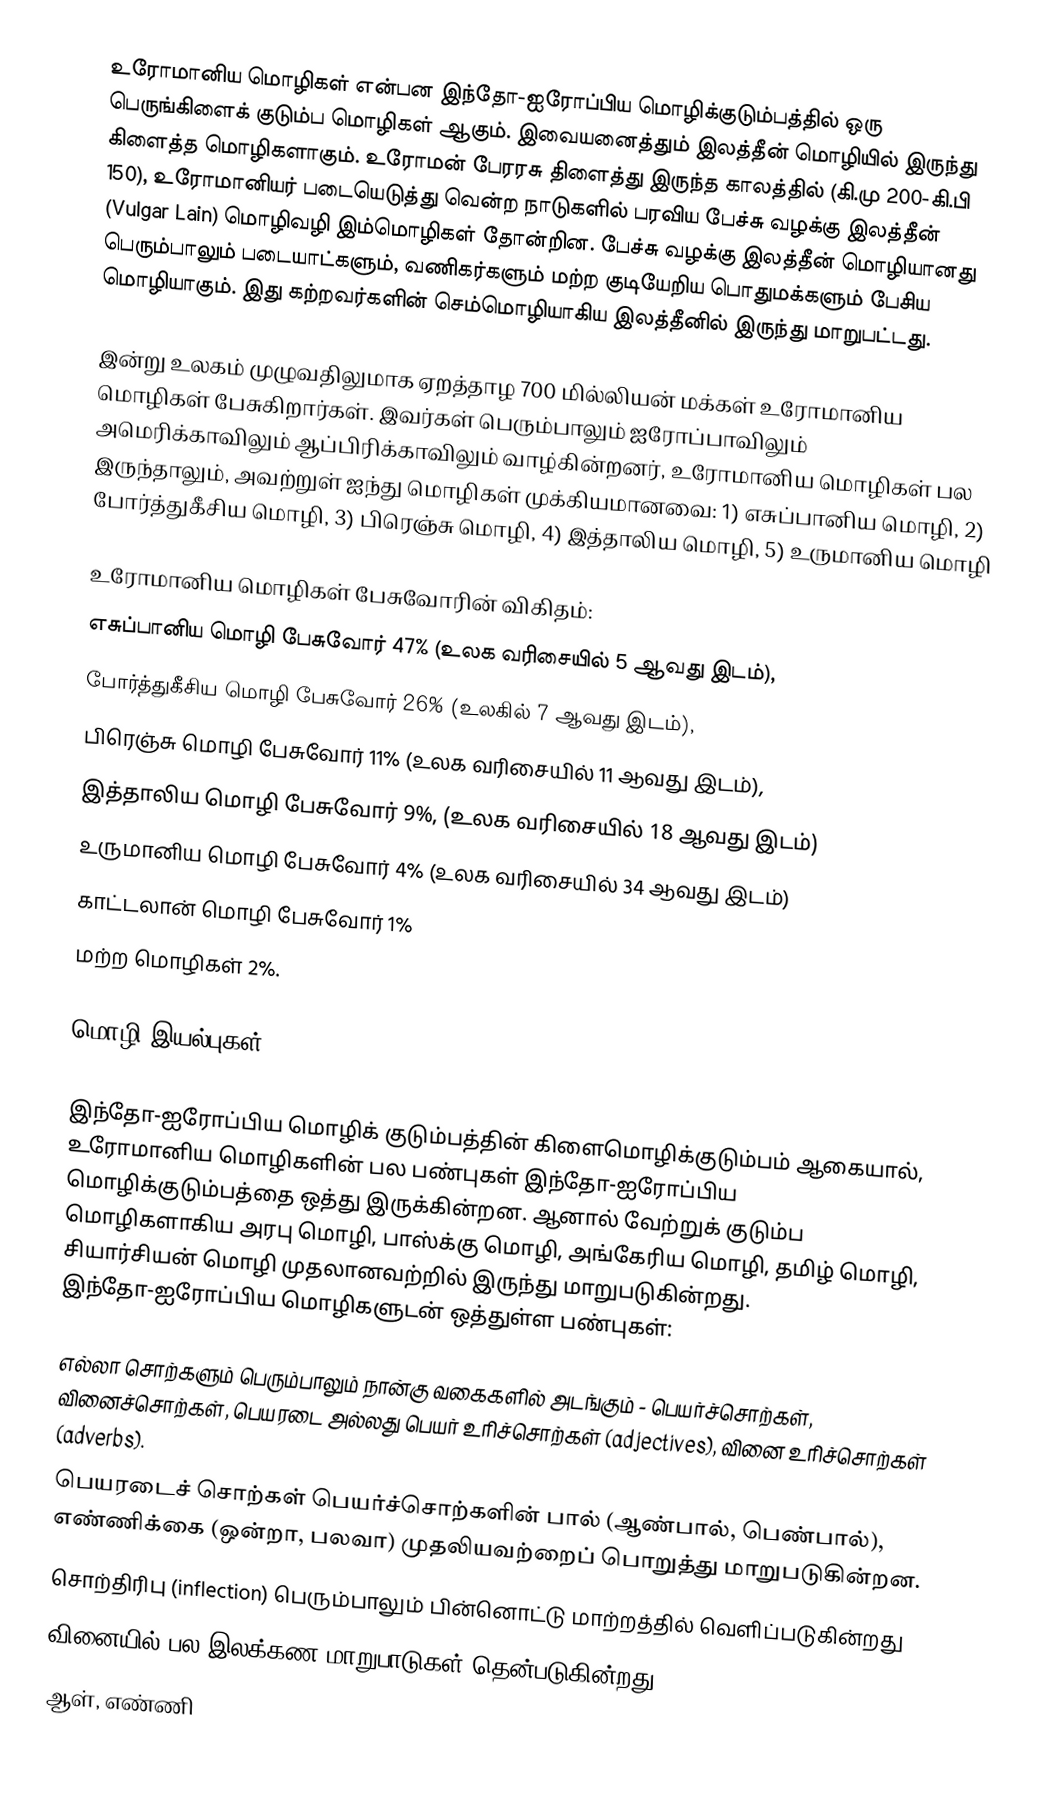
உரோமானிய மொழிகள் என்பன இந்தோ-ஐரோப்பிய மொழிக்குடும்பத்தில் ஒரு பெருங்கிளைக் குடும்ப மொழிகள் ஆகும். இவையனைத்தும் இலத்தீன் மொழியில் இருந்து கிளைத்த மொழிகளாகும். உரோமன் பேரரசு திளைத்து இருந்த காலத்தில் (கி.மு 200-கி.பி 150), உரோமானியர் படையெடுத்து வென்ற நாடுகளில் பரவிய பேச்சு வழக்கு இலத்தீன் (Vulgar Lain) மொழிவழி இம்மொழிகள் தோன்றின. பேச்சு வழக்கு இலத்தீன் மொழியானது பெரும்பாலும் படையாட்களும், வணிகர்களும் மற்ற குடியேறிய பொதுமக்களும் பேசிய மொழியாகும். இது கற்றவர்களின் செம்மொழியாகிய இலத்தீனில் இருந்து மாறுபட்டது.

இன்று உலகம் முழுவதிலுமாக ஏறத்தாழ 700 மில்லியன் மக்கள் உரோமானிய மொழிகள் பேசுகிறார்கள். இவர்கள் பெரும்பாலும் ஐரோப்பாவிலும் அமெரிக்காவிலும் ஆப்பிரிக்காவிலும் வாழ்கின்றனர், உரோமானிய மொழிகள் பல இருந்தாலும், அவற்றுள் ஐந்து மொழிகள் முக்கியமானவை: 1) எசுப்பானிய மொழி, 2) போர்த்துகீசிய மொழி, 3) பிரெஞ்சு மொழி, 4) இத்தாலிய மொழி, 5) உருமானிய மொழி

உரோமானிய மொழிகள் பேசுவோரின் விகிதம்:
 எசுப்பானிய மொழி பேசுவோர் 47%  (உலக வரிசையில் 5 ஆவது இடம்),
 போர்த்துகீசிய மொழி பேசுவோர் 26% (உலகில் 7 ஆவது இடம்),
 பிரெஞ்சு மொழி பேசுவோர் 11% (உலக வரிசையில் 11 ஆவது இடம்),
 இத்தாலிய மொழி பேசுவோர் 9%, (உலக வரிசையில் 18 ஆவது இடம்)
 உருமானிய மொழி பேசுவோர் 4% (உலக வரிசையில் 34 ஆவது இடம்)
 காட்டலான் மொழி பேசுவோர் 1%
 மற்ற மொழிகள் 2%.

மொழி இயல்புகள்

இந்தோ-ஐரோப்பிய மொழிக் குடும்பத்தின் கிளைமொழிக்குடும்பம் ஆகையால், உரோமானிய மொழிகளின் பல பண்புகள் இந்தோ-ஐரோப்பிய மொழிக்குடும்பத்தை ஒத்து இருக்கின்றன. ஆனால் வேற்றுக் குடும்ப மொழிகளாகிய அரபு மொழி, பாஸ்க்கு மொழி, அங்கேரிய மொழி, தமிழ் மொழி, சியார்சியன் மொழி முதலானவற்றில் இருந்து மாறுபடுகின்றது. இந்தோ-ஐரோப்பிய மொழிகளுடன் ஒத்துள்ள பண்புகள்:

 எல்லா சொற்களும் பெரும்பாலும் நான்கு வகைகளில் அடங்கும் - பெயர்ச்சொற்கள், வினைச்சொற்கள், பெயரடை அல்லது பெயர் உரிச்சொற்கள் (adjectives), வினை உரிச்சொற்கள் (adverbs).
 பெயரடைச் சொற்கள் பெயர்ச்சொற்களின் பால் (ஆண்பால், பெண்பால்), எண்ணிக்கை (ஒன்றா, பலவா) முதலியவற்றைப் பொறுத்து மாறுபடுகின்றன.
 சொற்திரிபு (inflection) பெரும்பாலும் பின்னொட்டு மாற்றத்தில் வெளிப்படுகின்றது
 வினையில் பல இலக்கண மாறுபாடுகள் தென்படுகின்றது
 ஆள், எண்ணி